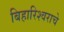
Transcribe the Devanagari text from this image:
बिहारिश्वराचे